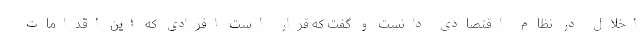
اخلال در نظام اقتصادی دانست و گفت که قرار است افرادی که این اقدامات